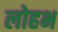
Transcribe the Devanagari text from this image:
लोहभ